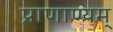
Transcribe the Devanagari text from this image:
प्राणाण्यम्